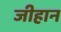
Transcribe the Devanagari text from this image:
जीहान